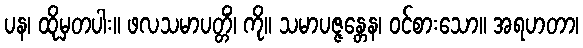
ပန၊ ထိုမှတပါး။ ဖလသမာပတ္တိံ၊ ကို။ သမာပဇ္ဇန္တေန၊ ဝင်စားသော။ အရဟတာ၊